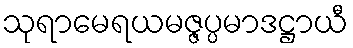
သုရာမေရယမဇ္ဇပ္ပမာဒဋ္ဌာယီ